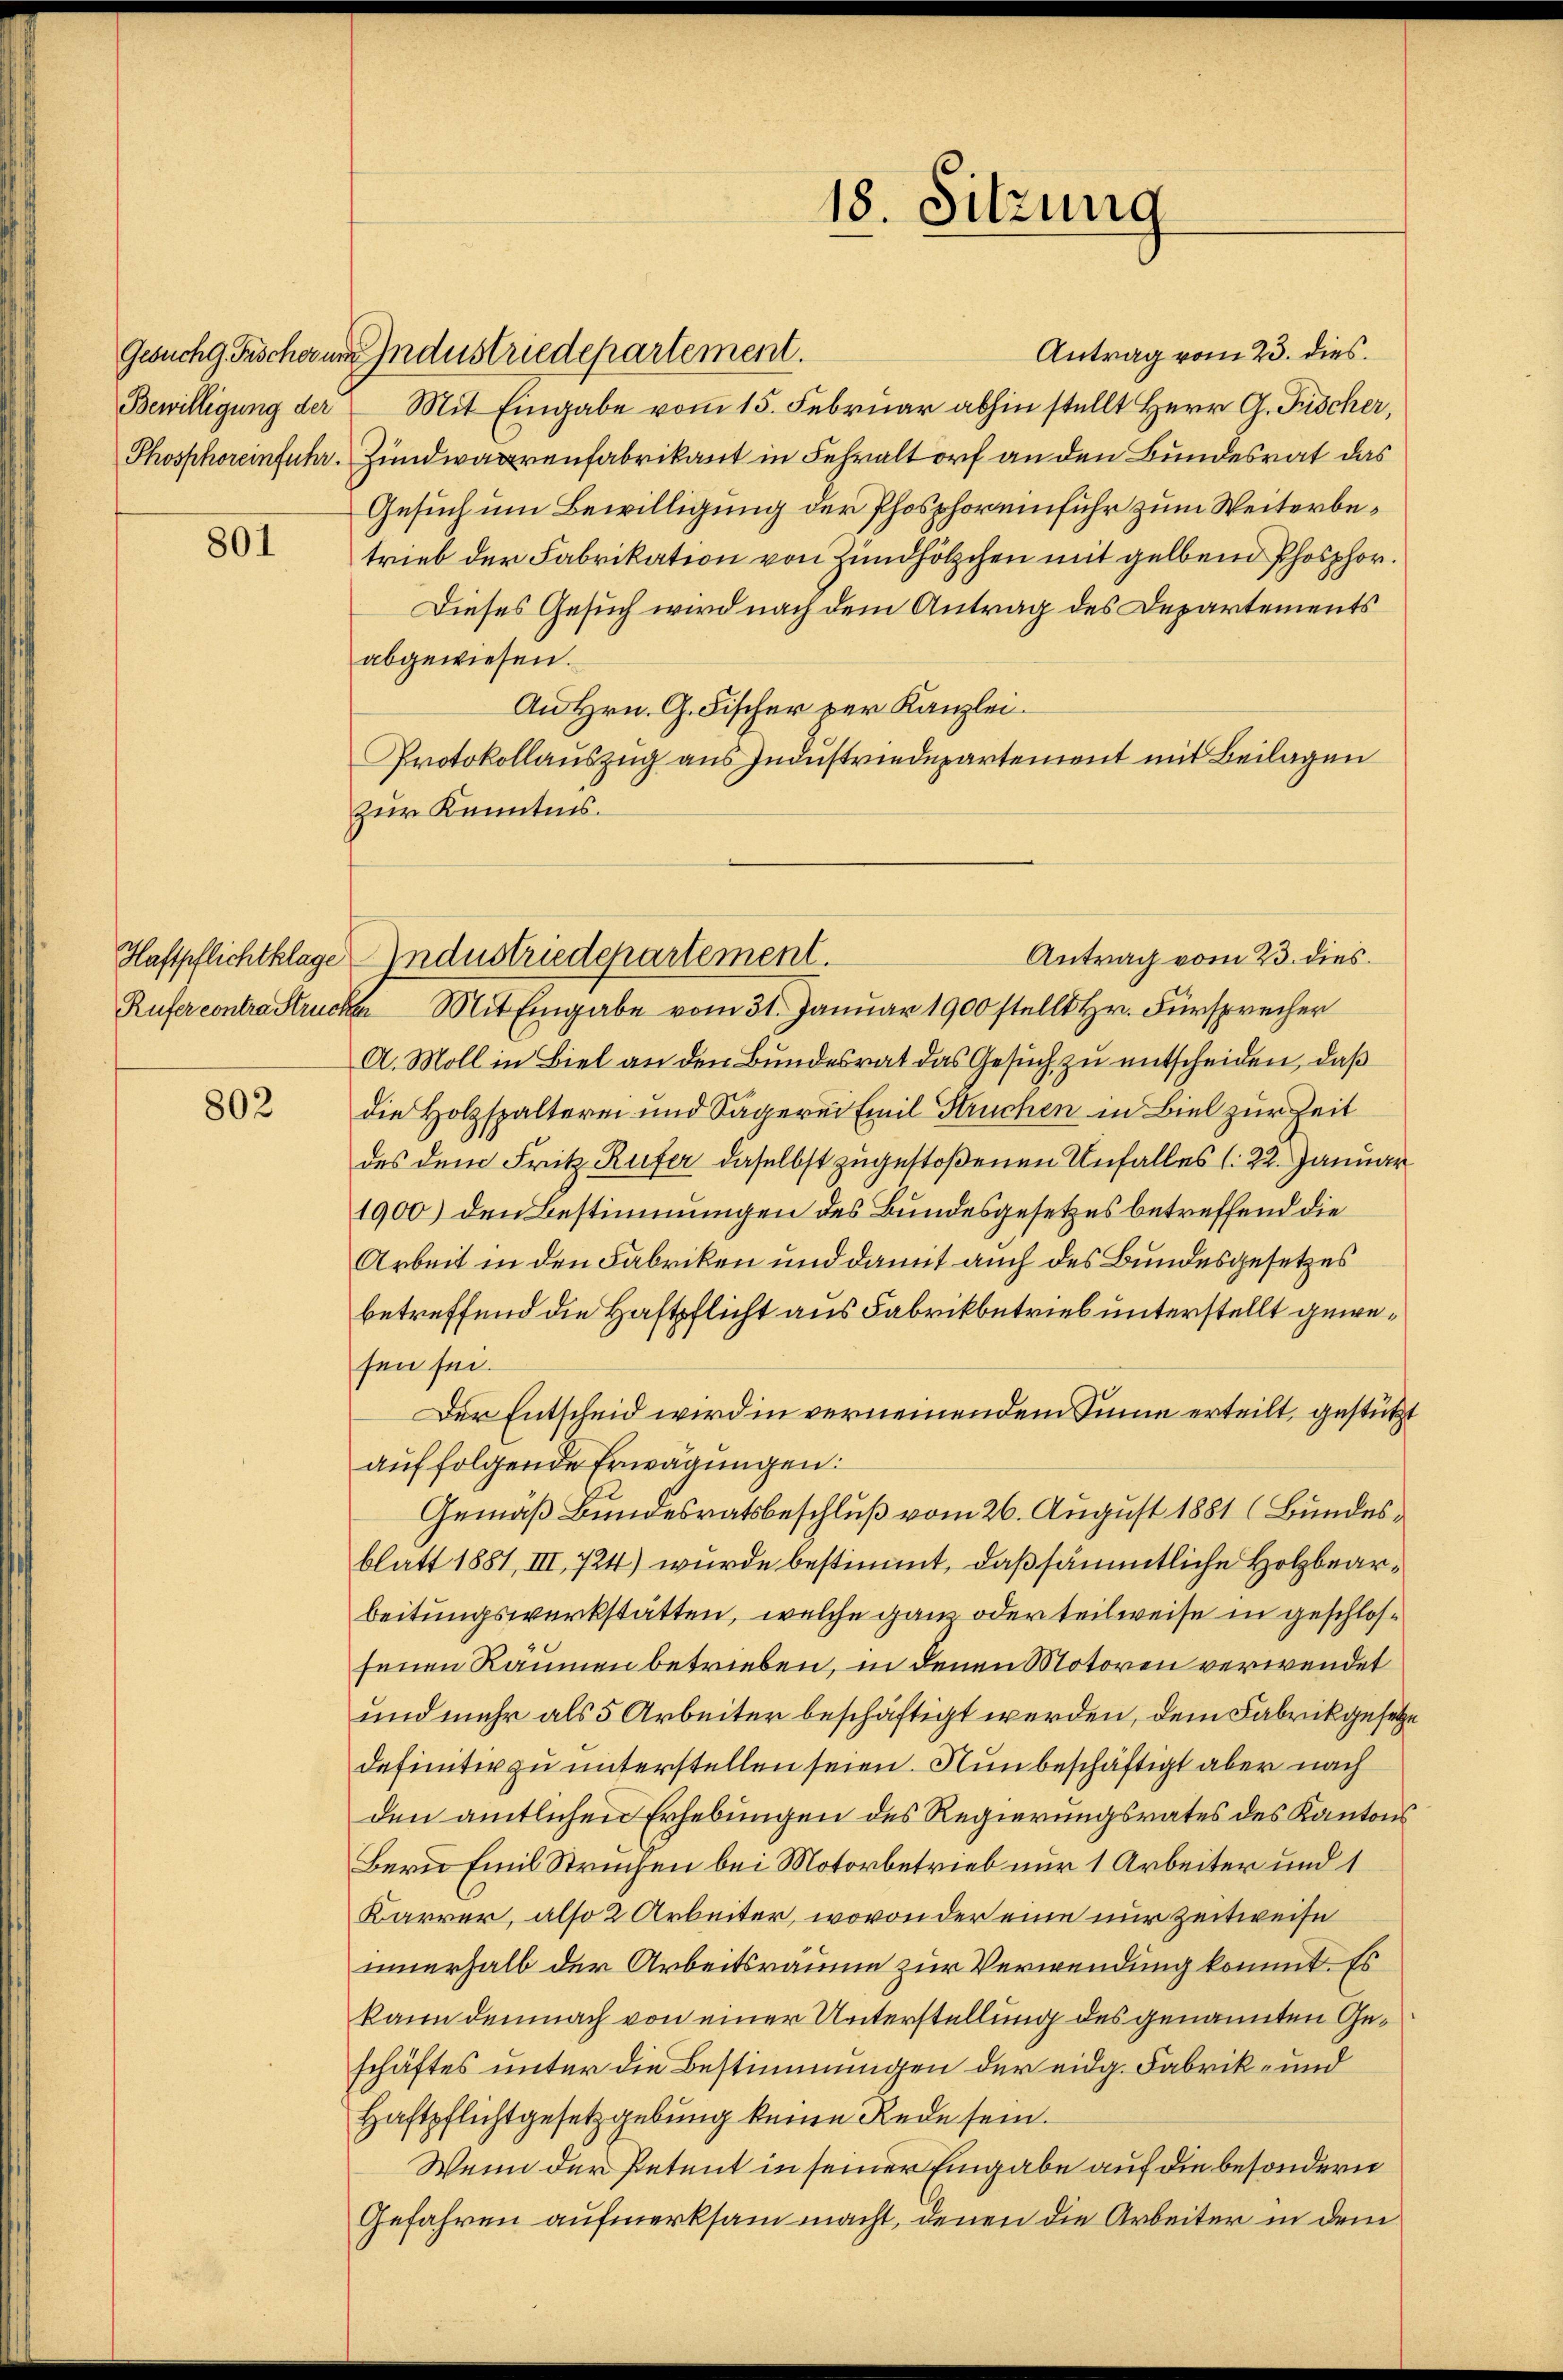
Bewilligung der

801

802

Antrag vom 23. dies
Gesuchg. Frischerum Industriedepartement.
Mit Eingabe vom 15. Februar abhin stellt Herr G. Fischer,
Phosphoreinfuhr. Zundwaarenfabrikant in Fehraltorf an den Bundesrat das
Gesuch um Bewilligung der Phosphoreinfuhr zum Weiterbetrieb der Fabrikation von Zündhölzchen mit gelben Phosphor¬
Dieses Gesuch wird nach dem Antrag des Departements
abgewiesen.
An Hrn. G. Fischer der Kanzlei.
Protokollauszug aus Industriedepartement mit Beilagen
zur Kenntnis.
Antrag vom 23. dies
Rufer contra Strucker Mit Eingabe vom 31. Januar 1900 stellt Hr. Fürsprecher
A. Moll in Biel an den Bundesrat das Gesuch zu entscheiden, daß
die Holzspalterei und Sägerei Emil Struchen in Biel zur Zeit
des dem Fritz Rufer daselbst zugestoßenen Unfalles l. 22. Januar
1900) den Bestimmungen des Bundesgesetzes betreffend die
Arbeit in den Fabriken und damit auch des Bundesgesetzes
betreffend die Haftpflicht aus Fabrikbetrieb unterstellt gewesen sei.
Der Entscheid wird in verneinendem Sinne erteilt, gestütz
auf folgende Erwägungen:
Gemäß Bundesratsbeschluß vom 26. August 1881 (Bundesblatt 1881, III, 724) wurde bestimmt, daß sämmtliche Holzbearbeitungswerkstätten, welche ganz oder teilweise in geschlosfenen Räumen betrieben, in denen Motoren verwendet
und mehr als 5 Arbeiter beschäftigt werden, dem Fabrikgesetz
definitiv zu unterstellen seien. Nun beschäftigt aber nach
den amtlichen Erhebungen des Regierungsrates des Kanton
Bern Emil Struchen bei Motorbetrieb nur 1 Arbeiter und 1
Karrer, also 2 Arbeiter, wovon der eine nur Zeitweise
innerhalb der Arbeitsräume zur Verwendung kommt. Es
kann demnach von einer Unterstellung des genannten Geschäftes unter die Bestimmungen der eidg. Fabrik- und
Haftpflichtgesetzgebung keine Rede sein.
Wenn der Petent in seiner Eingabe auf die besondern
Gefahren aufmerksam macht, denen die Arbeiter in dem

18. Sitzung

Haftpflichtklage Industriedepartement.